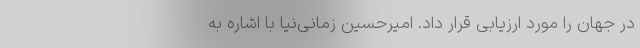
در جهان را مورد ارزیابی قرار داد. امیرحسین زمانی‌نیا با اشاره به